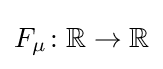
F_{\mu }\colon \mathbb {R} \to \mathbb {R}